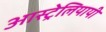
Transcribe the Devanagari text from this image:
आस्ट्रेलियायी